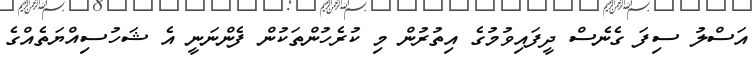
އަސްލު ސިފަ ގެނެސް ދީފައިވުމުގެ އިތުރުން މި ކުރެހުންތަކުން ފެންނަނީ އެ ޝަހުސިއްޔަތެއްގެ